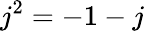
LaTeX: j^{2}=-1-j